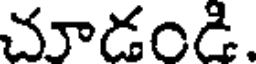
చూడండి.